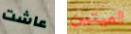
عاشت الميتين